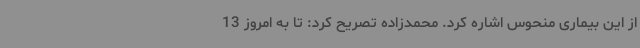
از این بیماری منحوس اشاره کرد. محمدزاده تصریح کرد: تا به امروز 13